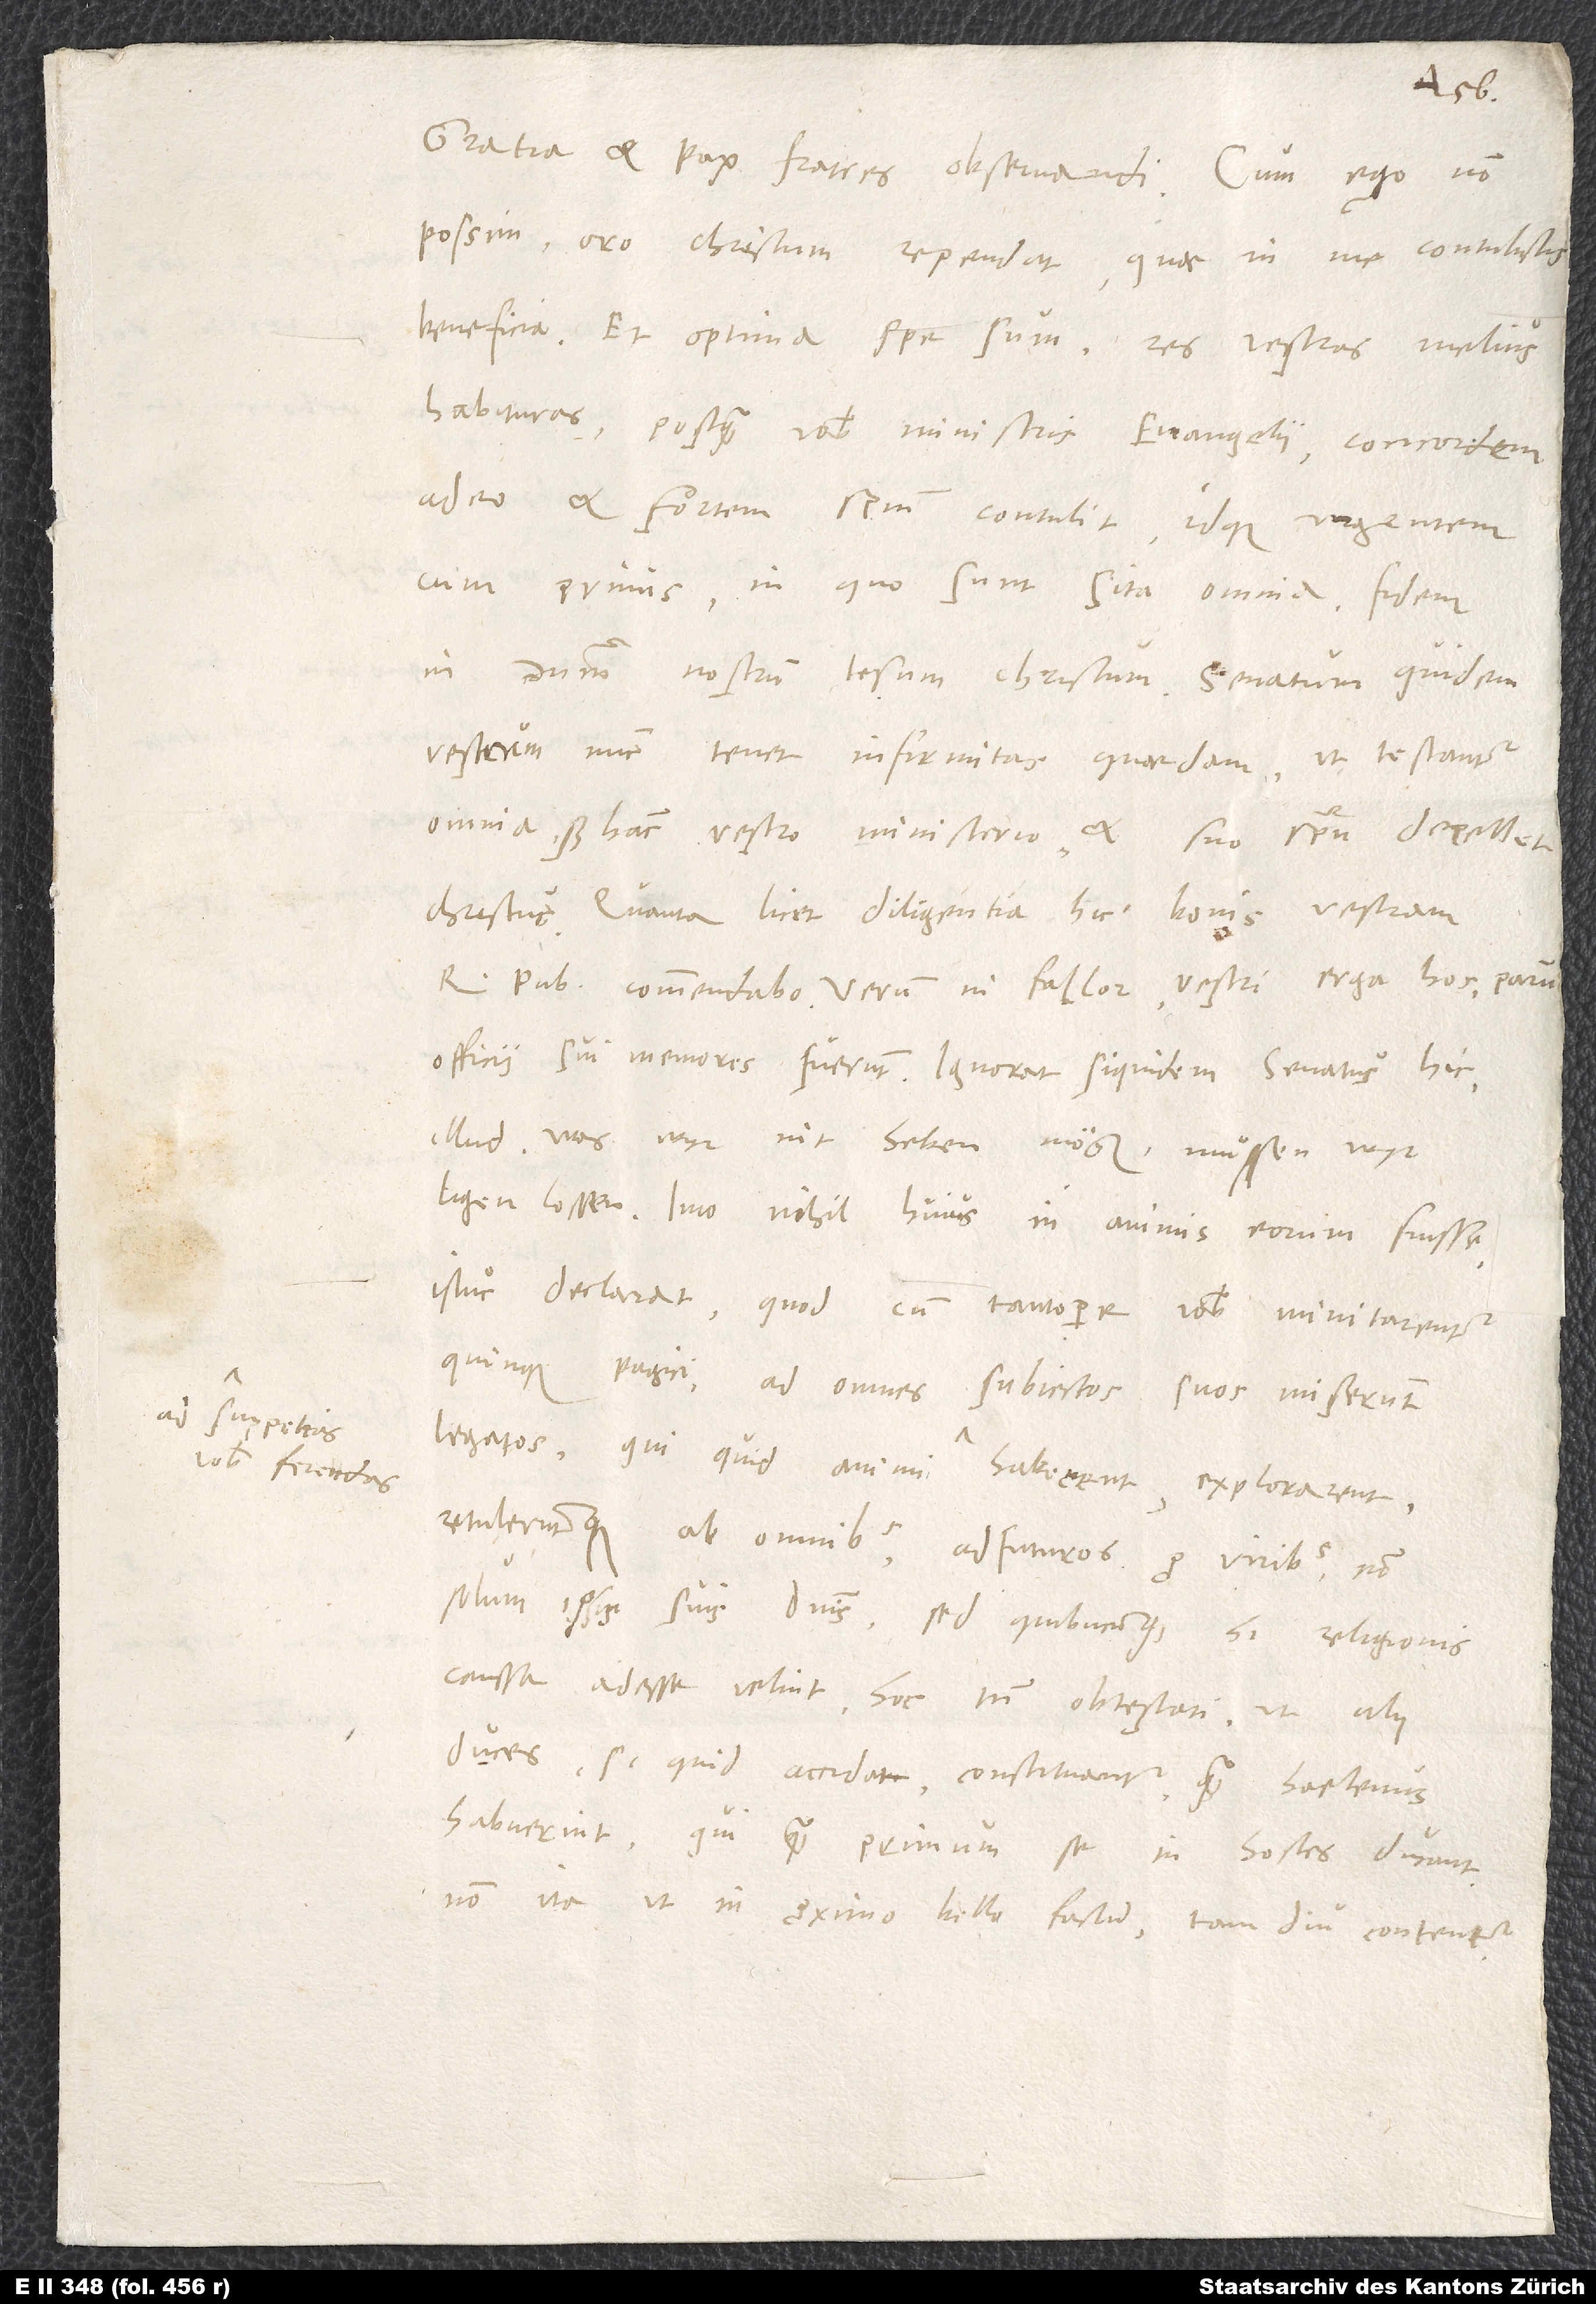
D.
ad suppetias
vobis ferendas

possim, oro Christum rependat, quae in me contulistis
beneficia. Et optima spe sum res vestras melius
habituras, postquam vobis ministris evangelii concordem
adeo et fortem spiritum contulit idque urgentem
cum primis, in quo sunt sita omnia, fidem
in dominum nostrum Iesum Christum. Senatum quidem
vestrum nunc tenet infirmitas quaedam, ut testantur
omnia, sed hanc vestro ministerio et suo spiritu depellet
Christus. Quanta licet diligentia, hic bonis vestram
rem publicam commendabo. Verum, ni fallor, vestri erga hos parum
officii sui memores fuerunt. Ignorat siquidem senatus hic
illud: «Was wyr nit heben mögen, muͦssen wyr
ligen lossen». Imo nihil huius in animis eorum fuisse
istuc deciarat, quod cum tantopere vobis minitarentur
Quinquepagici, ad omnes subiectos suos miserunt
retuleruntque ab omnibus adfuturos pro viribus non
solum ipsis suis dominis, sed quibuscunque hi religionis
caussa adesse velint, hoc tamen obtestati, ut alii
duces, si quid accidat, constituantur, quam hactenus
habuerint, qui quam primum se in hostes ducant,
non ita, ut in proximo bello factum, tam diu contentur.